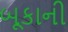
બૂકાની